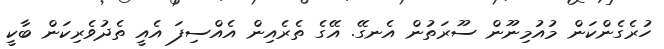
ހުރެގެންކަން މުއުމިނޫން ސޫރަތުން އެނގޭ. އޭގެ ތެރެއިން އެއްސިފަ އެއީ ތެދުވެރިކަން ބާކީ